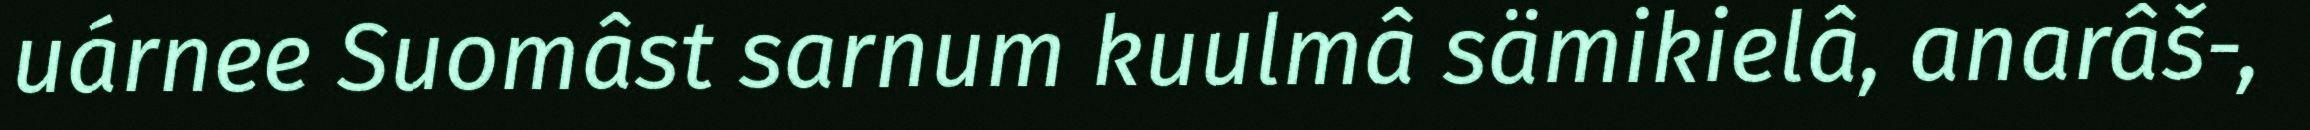
uárnee Suomâst sarnum kuulmâ sämikielâ, anarâš-,